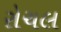
રોચલ